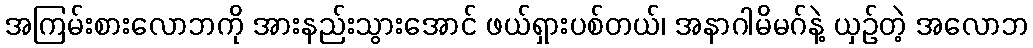
အကြမ်းစားလောဘကို အားနည်းသွားအောင် ဖယ်ရှားပစ်တယ်၊ အနာဂါမိမဂ်နဲ့ ယှဉ်တဲ့ အလောဘ